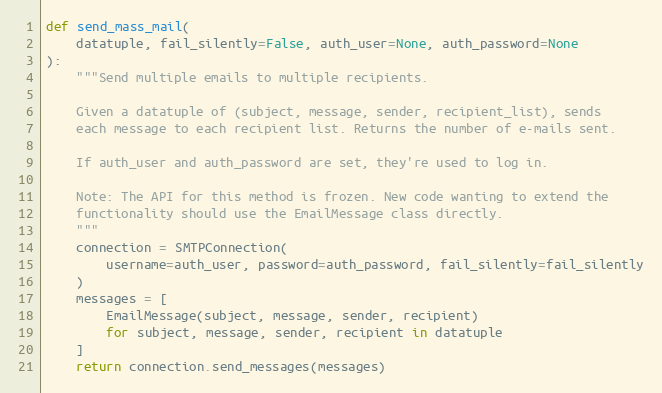
Language: Python
def send_mass_mail(
    datatuple, fail_silently=False, auth_user=None, auth_password=None
):
    """Send multiple emails to multiple recipients.

    Given a datatuple of (subject, message, sender, recipient_list), sends
    each message to each recipient list. Returns the number of e-mails sent.

    If auth_user and auth_password are set, they're used to log in.

    Note: The API for this method is frozen. New code wanting to extend the
    functionality should use the EmailMessage class directly.
    """
    connection = SMTPConnection(
        username=auth_user, password=auth_password, fail_silently=fail_silently
    )
    messages = [
        EmailMessage(subject, message, sender, recipient)
        for subject, message, sender, recipient in datatuple
    ]
    return connection.send_messages(messages)